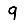
Digit: 9